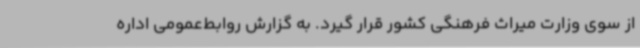
از سوی وزارت میراث فرهنگی کشور قرار گیرد. به گزارش روابط‌عمومی اداره